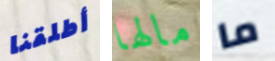
أطلقنا مالها ما